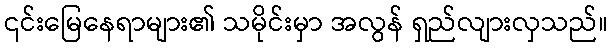
၎င်းမြေနေရာများ၏ သမိုင်းမှာ အလွန် ရှည်လျားလှသည်။